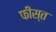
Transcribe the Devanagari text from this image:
फीस्त